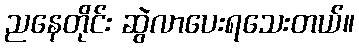
ညနေတိုင်း ဆွဲလာပေးရသေးတယ်။